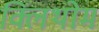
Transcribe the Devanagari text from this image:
क्लिंथोम